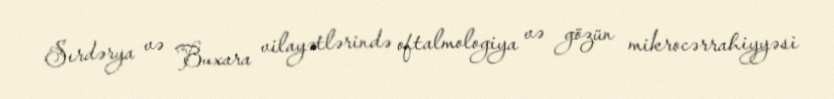
Sırdərya və Buxara vilayətlərində oftalmologiya və gözün mikrocərrahiyyəsi